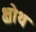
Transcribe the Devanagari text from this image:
क्षोथ